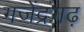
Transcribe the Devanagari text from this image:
गजेंद्रगढ़